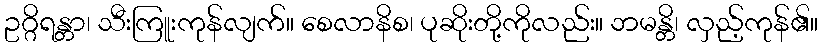
ဥဂ္ဂိရန္တာ၊ သီးကြူးကုန်လျက်။ စေလာနိစ၊ ပုဆိုးတို့ကိုလည်း။ ဘမန္တိ၊ လှည့်ကုန်၏။